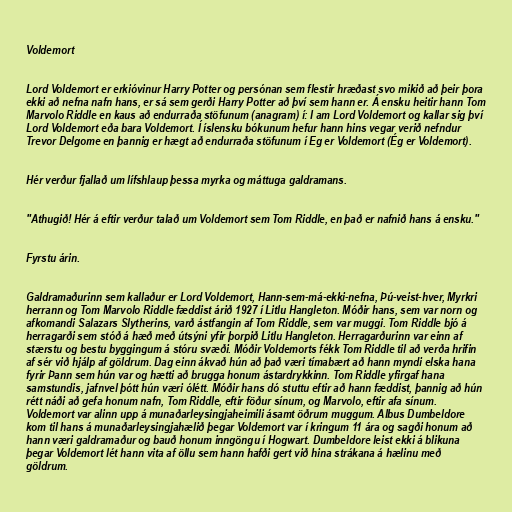
Voldemort

Lord Voldemort er erkióvinur Harry Potter og persónan sem flestir hræðast svo mikið að þeir þora
ekki að nefna nafn hans, er sá sem gerði Harry Potter að því sem hann er. Á ensku heitir hann Tom
Marvolo Riddle en kaus að endurraða stöfunum (anagram) í: I am Lord Voldemort og kallar sig því
Lord Voldemort eða bara Voldemort. Í íslensku bókunum hefur hann hins vegar verið nefndur
Trevor Delgome en þannig er hægt að endurraða stöfunum í Eg er Voldemort (Ég er Voldemort).

Hér verður fjallað um lífshlaup þessa myrka og máttuga galdramans.

"Athugið! Hér á eftir verður talað um Voldemort sem Tom Riddle, en það er nafnið hans á ensku."

Fyrstu árin.

Galdramaðurinn sem kallaður er Lord Voldemort, Hann-sem-má-ekki-nefna, Þú-veist-hver, Myrkri
herrann og Tom Marvolo Riddle fæddist árið 1927 í Litlu Hangleton. Móðir hans, sem var norn og
afkomandi Salazars Slytherins, varð ástfangin af Tom Riddle, sem var muggi. Tom Riddle bjó á
herragarði sem stóð á hæð með útsýni yfir þorpið Litlu Hangleton. Herragarðurinn var einn af
stærstu og bestu byggingum á stóru svæði. Móðir Voldemorts fékk Tom Riddle til að verða hrifin
af sér við hjálp af göldrum. Dag einn ákvað hún að það væri tímabært að hann myndi elska hana
fyrir Þann sem hún var og hætti að brugga honum ástardrykkinn. Tom Riddle yfirgaf hana
samstundis, jafnvel þótt hún væri ólétt. Móðir hans dó stuttu eftir að hann fæddist, þannig að hún
rétt náði að gefa honum nafn, Tom Riddle, eftir föður sínum, og Marvolo, eftir afa sínum.
Voldemort var alinn upp á munaðarleysingjaheimili ásamt öðrum muggum. Albus Dumbeldore
kom til hans á munaðarleysingjahælið þegar Voldemort var í kringum 11 ára og sagði honum að
hann væri galdramaður og bauð honum inngöngu í Hogwart. Dumbeldore leist ekki á blikuna
þegar Voldemort lét hann vita af öllu sem hann hafði gert við hina strákana á hælinu með
göldrum.